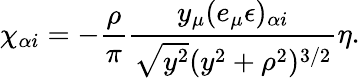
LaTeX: \chi_{\alpha i}=-\frac{\rho}{\pi}\frac{y_{\mu}(e_{\mu}\epsilon)_{\alpha i}}{\sqrt{y^{2}}(y^{2}+\rho^{2})^{3/2}}\eta.